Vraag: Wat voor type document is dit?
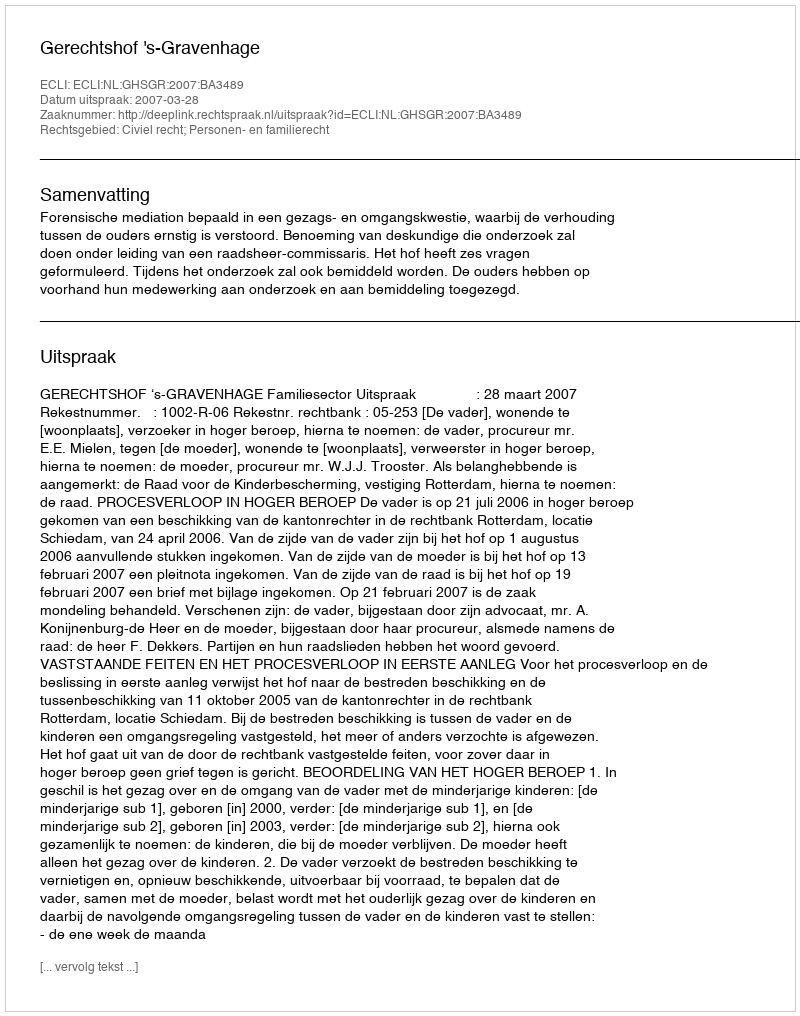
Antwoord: Uitspraak